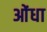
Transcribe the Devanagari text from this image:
ओंधा